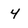
Character: 4